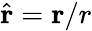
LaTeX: \hat{\mathbf r}={\mathbf r}/r